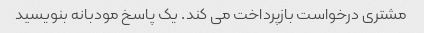
مشتری درخواست بازپرداخت می کند. یک پاسخ مودبانه بنویسید